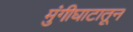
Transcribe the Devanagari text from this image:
मुंगीघाटातून